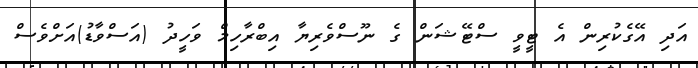
އަދި އޭގެކުރިން އެ ޓީވީ ސްޓޭޝަން ގެ ނޫސްވެރިޔާ އިބްރާހިމް ވަހީދު (އަސްވާޑު)އަށްވެސް